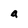
Character: a